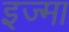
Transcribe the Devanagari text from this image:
इज्मा